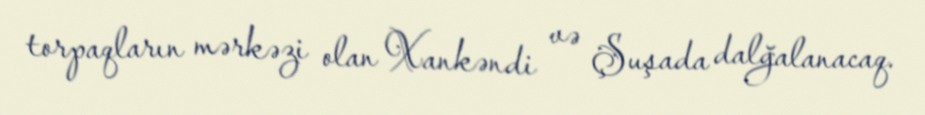
torpaqların mərkəzi olan Xankəndi və Şuşada dalğalanacaq.